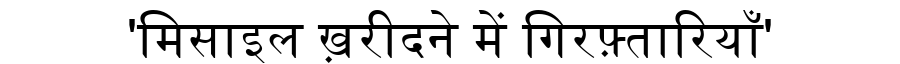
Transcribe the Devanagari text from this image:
'मिसाइल ख़रीदने में गिरफ़्तारियाँ'